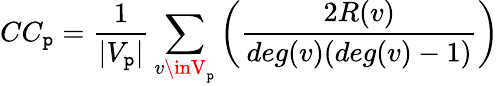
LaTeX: CC_{\mathtt{p}}=\frac{{1}}{{|V_{\mathtt{p}}|}}\sum_{v\inV_{\mathtt{p}}}\bigg(\frac{{2R(v)}}{{deg(v)(deg(v)-1)}}\bigg)